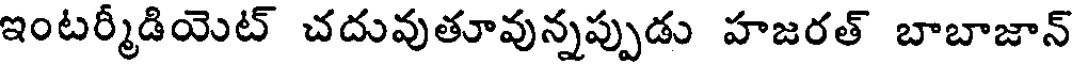
ఇంటర్మీడియెట్ చదువుతూవున్నప్పుడు హజరత్ బాబాజాన్